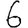
Digit: 6